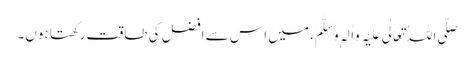
صَلَّی اللہُ تَعَالٰی عَلَیْہِ وَاٰلِہٖ وَسَلَّمَ، میں ا س سے افضل کی طاقت رکھتا ہوں۔